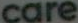
care